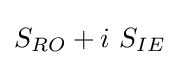
S_{RO}+i\ S_{IE}